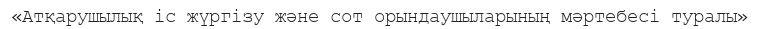
«Атқарушылық iс жүргiзу және сот орындаушыларының мәртебесi туралы»